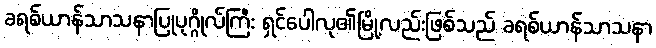
ခရစ်ယာန်သာသနာပြုပုဂ္ဂိုလ်ကြီး ရှင်ပေါလု၏မြို့လည်းဖြစ်သည် ခရစ်ယာန်သာသနာ